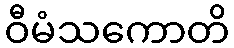
ဝီမံသကောတိ